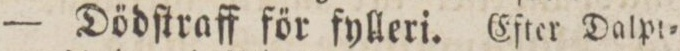
— Dödſtraff för fylleri. Efter Dalpt=